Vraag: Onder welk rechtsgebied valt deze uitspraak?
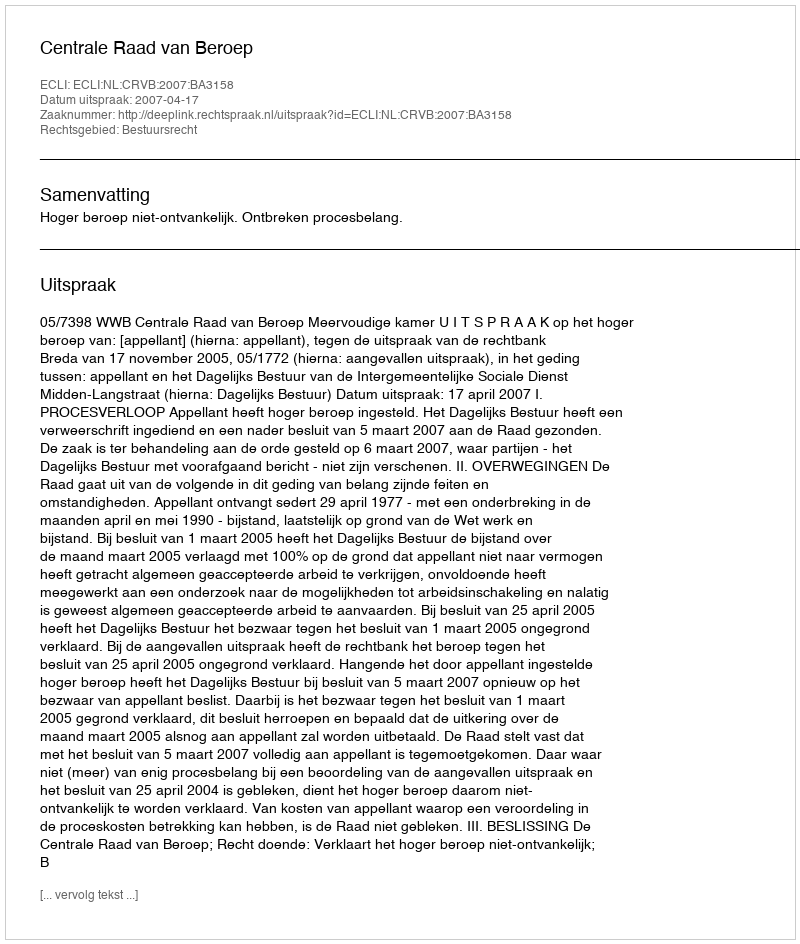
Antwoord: Bestuursrecht